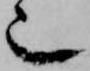
也